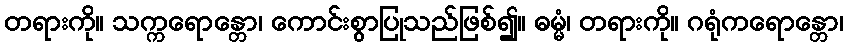
တရားကို။ သက္ကရောန္တော၊ ကောင်းစွာပြုသည်ဖြစ်၍။ ဓမ္မံ၊ တရားကို။ ဂရုံကရောန္တော၊